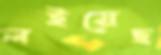
লইয়েছ